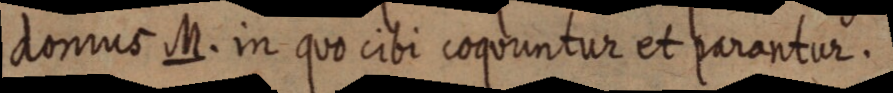
domus M. in quo cibi coquuntur et parantur.